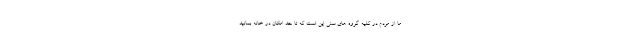
ما از مردم در کلیه گروه های سنی این است که تا حد امکان در خانه بمانید